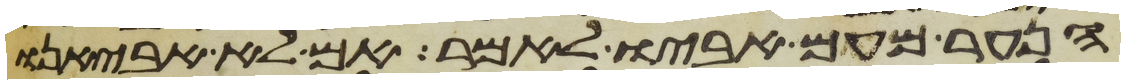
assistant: הנער מעם אביו לאמר אם לא אביאנו